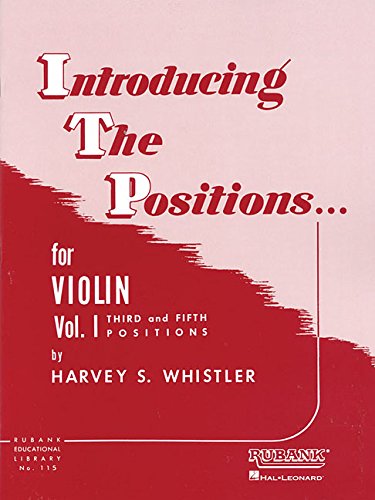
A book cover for Introducing the Positions for Violin: Volume 1 - Third and Fifth Position; Harvey S. Whistler; Humor & Entertainment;